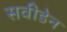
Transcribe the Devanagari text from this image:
सवीडेन